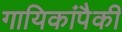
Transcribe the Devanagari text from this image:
गायिकांपैकी